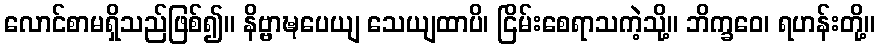
လောင်စာမရှိသည်ဖြစ်၍။ နိဗ္ဗာဍ္ဎပေယျ သေယျထာပိ၊ ငြိမ်းစေရာသကဲ့သို့။ ဘိက္ခဝေ၊ ရဟန်းတို့။